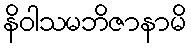
နိဝါသမဘိဇာနာမိ